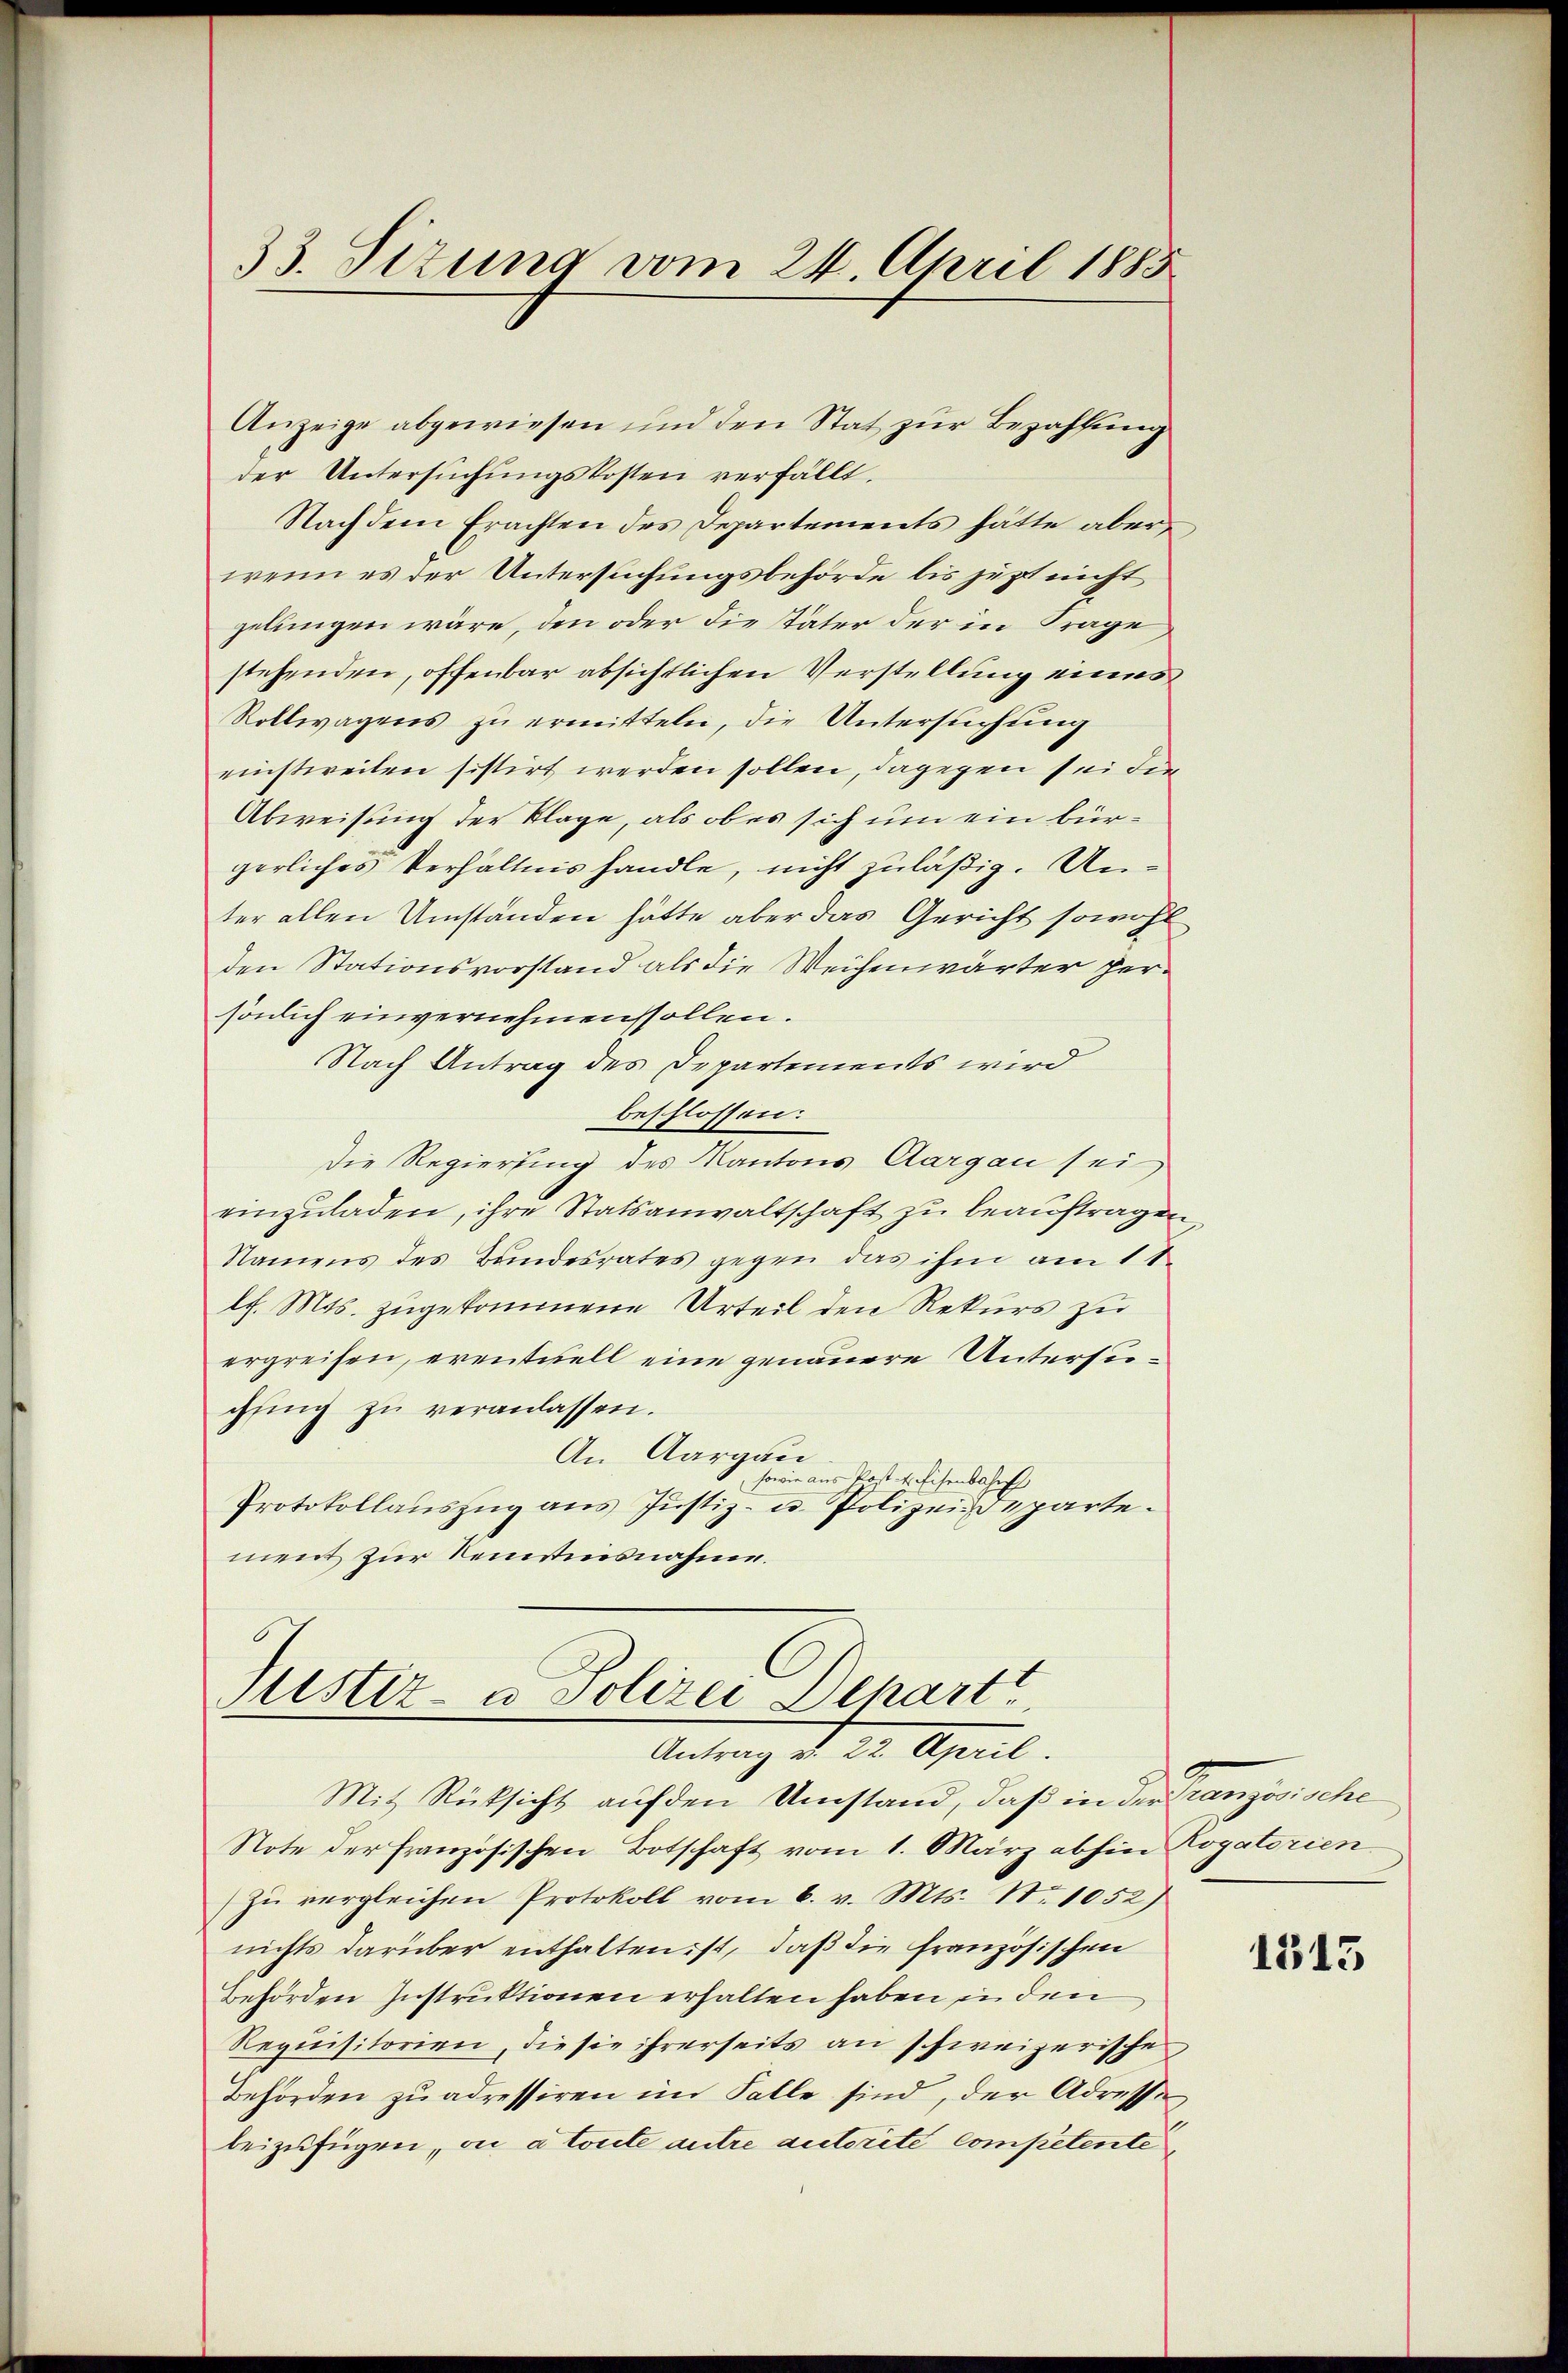
33. Sizung vom 24. April 1885

Anzeige abgewiesen und den Stat zur Bezahlung
der Untersuchungskosten verfällt.
Nachdem Erachten des Departements hätte aber,
wenn es der Untersuchungsbehörde bis jetzt nicht
zelungen wäre, den oder die später der in Frage
stehenden, offenbar absichtlichen Verstellung eines
Rollwagens zu ermitteln, die Untersuchung
einstweilen sistirt werden sollen, dagegen sei die
Abweisung der Klage, als ob es sich um ein bürgerliches Verhältnis handle, nicht zuläßig. Unter allen Umständen hätte aber das Gericht sowohl
den Stationsvorstand als die Weichenwärter persönlich einvernehmens sollen.
Nach Antrag des Departements wird
beschlossen:
Die Regierung des Kantons Aargau sei
einzuladen, ihre Statsanwaltschaft zu beauftragen
Namens des Bundesrates gegen das ihm am 11.
lh. Mts. zugekommene Urteil den Rekurs zu
ergreifen, eventuell eine genauere Untersugŭng zŭ veranlassen.
An Aargau
sowie aus Post 4 Eisenbahn
Protokollauszug aus Justiz- u. Polizeideparte.
ment zur Kenntnisnahme.

Justiz- u Polizei Departt
Antrag d. 22. April.

Mit Rücksicht auf den Umstand, daß in der Französische
Note der französischen Botschaft vom 1. März abhin Rogatorien
zu vergleichen Protokoll vom 6. v. Mts. No. 1052)
nichts darüber enthalten ist, daß die französischen
Behörden Instruktionen erhalten haben in den
Requisitorien, die sie ihrerseits an schweizerische
Behörden zu adressiren im Falle sind, der Adresse
beizufügen, die a toute autre autorité competente

1315